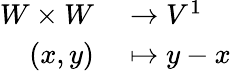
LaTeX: \begin{array}{rl}{W\times W}&{{}\to V^{1}}\\ {(x,y)}&{{}\mapsto y-x}\end{array}